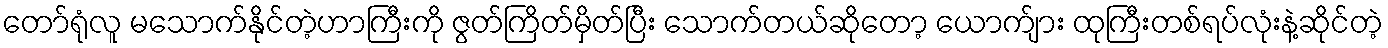
တော်ရုံလူ မသောက်နိုင်တဲ့ဟာကြီးကို ဇွတ်ကြိတ်မှိတ်ပြီး သောက်တယ်ဆိုတော့ ယောက်ျား ထုကြီးတစ်ရပ်လုံးနဲ့ဆိုင်တဲ့